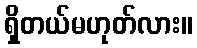
ရှိတယ်မဟုတ်လား။